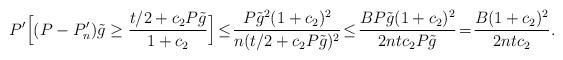
LaTeX: \begin{align*}P'\Bigl[(P - P'_{n})\tilde{g} \ge \frac{t/2 + c_{2}P\tilde{g}}{1 + c_{2}}\Bigr]\! \le\! \frac{P\tilde{g}^2(1 + c_{2})^2}{n(t/2 + c_{2}P\tilde{g})^2}\! \le\! \frac{BP\tilde{g}(1 + c_{2})^2}{2ntc_{2}P\tilde{g}}\! =\! \frac{B(1 + c_{2})^2}{2ntc_{2}}.\end{align*}